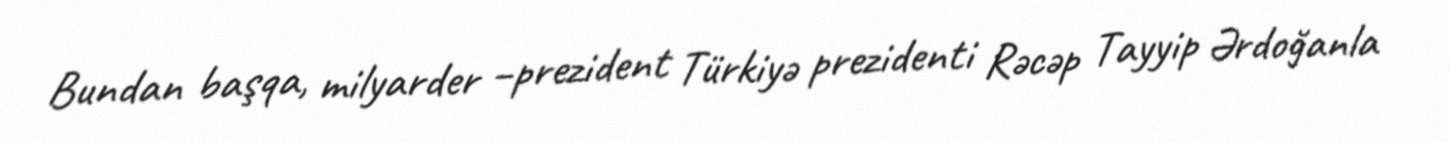
Bundan başqa, milyarder –prezident Türkiyə prezidenti Rəcəp Tayyip Ərdoğanla